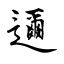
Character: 邇